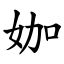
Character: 㚳